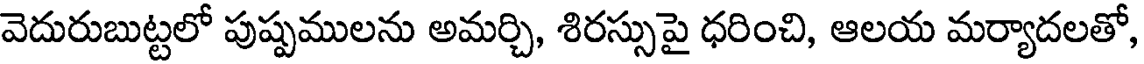
వెదురుబుట్టలో పుష్పములను అమర్చి, శిరస్సుపై ధరించి, ఆలయ మర్యాదలతో,